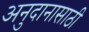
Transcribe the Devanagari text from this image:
अनुदानासाठी